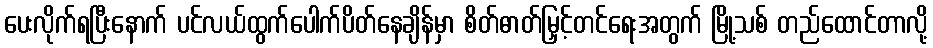
ပေးလိုက်ရပြီးနောက် ပင်လယ်ထွက်ပေါက်ပိတ်နေချိန်မှာ စိတ်ဓာတ်မြှင့်တင်ရေးအတွက် မြို့သစ် တည်ထောင်တာလို့